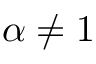
\alpha \neq 1